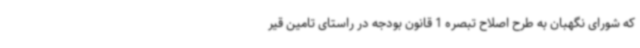
که شورای نگهبان به طرح اصلاح تبصره 1 قانون بودجه در راستای تامین قیر